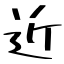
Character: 近